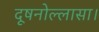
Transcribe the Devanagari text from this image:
दूषनोल्लासा।